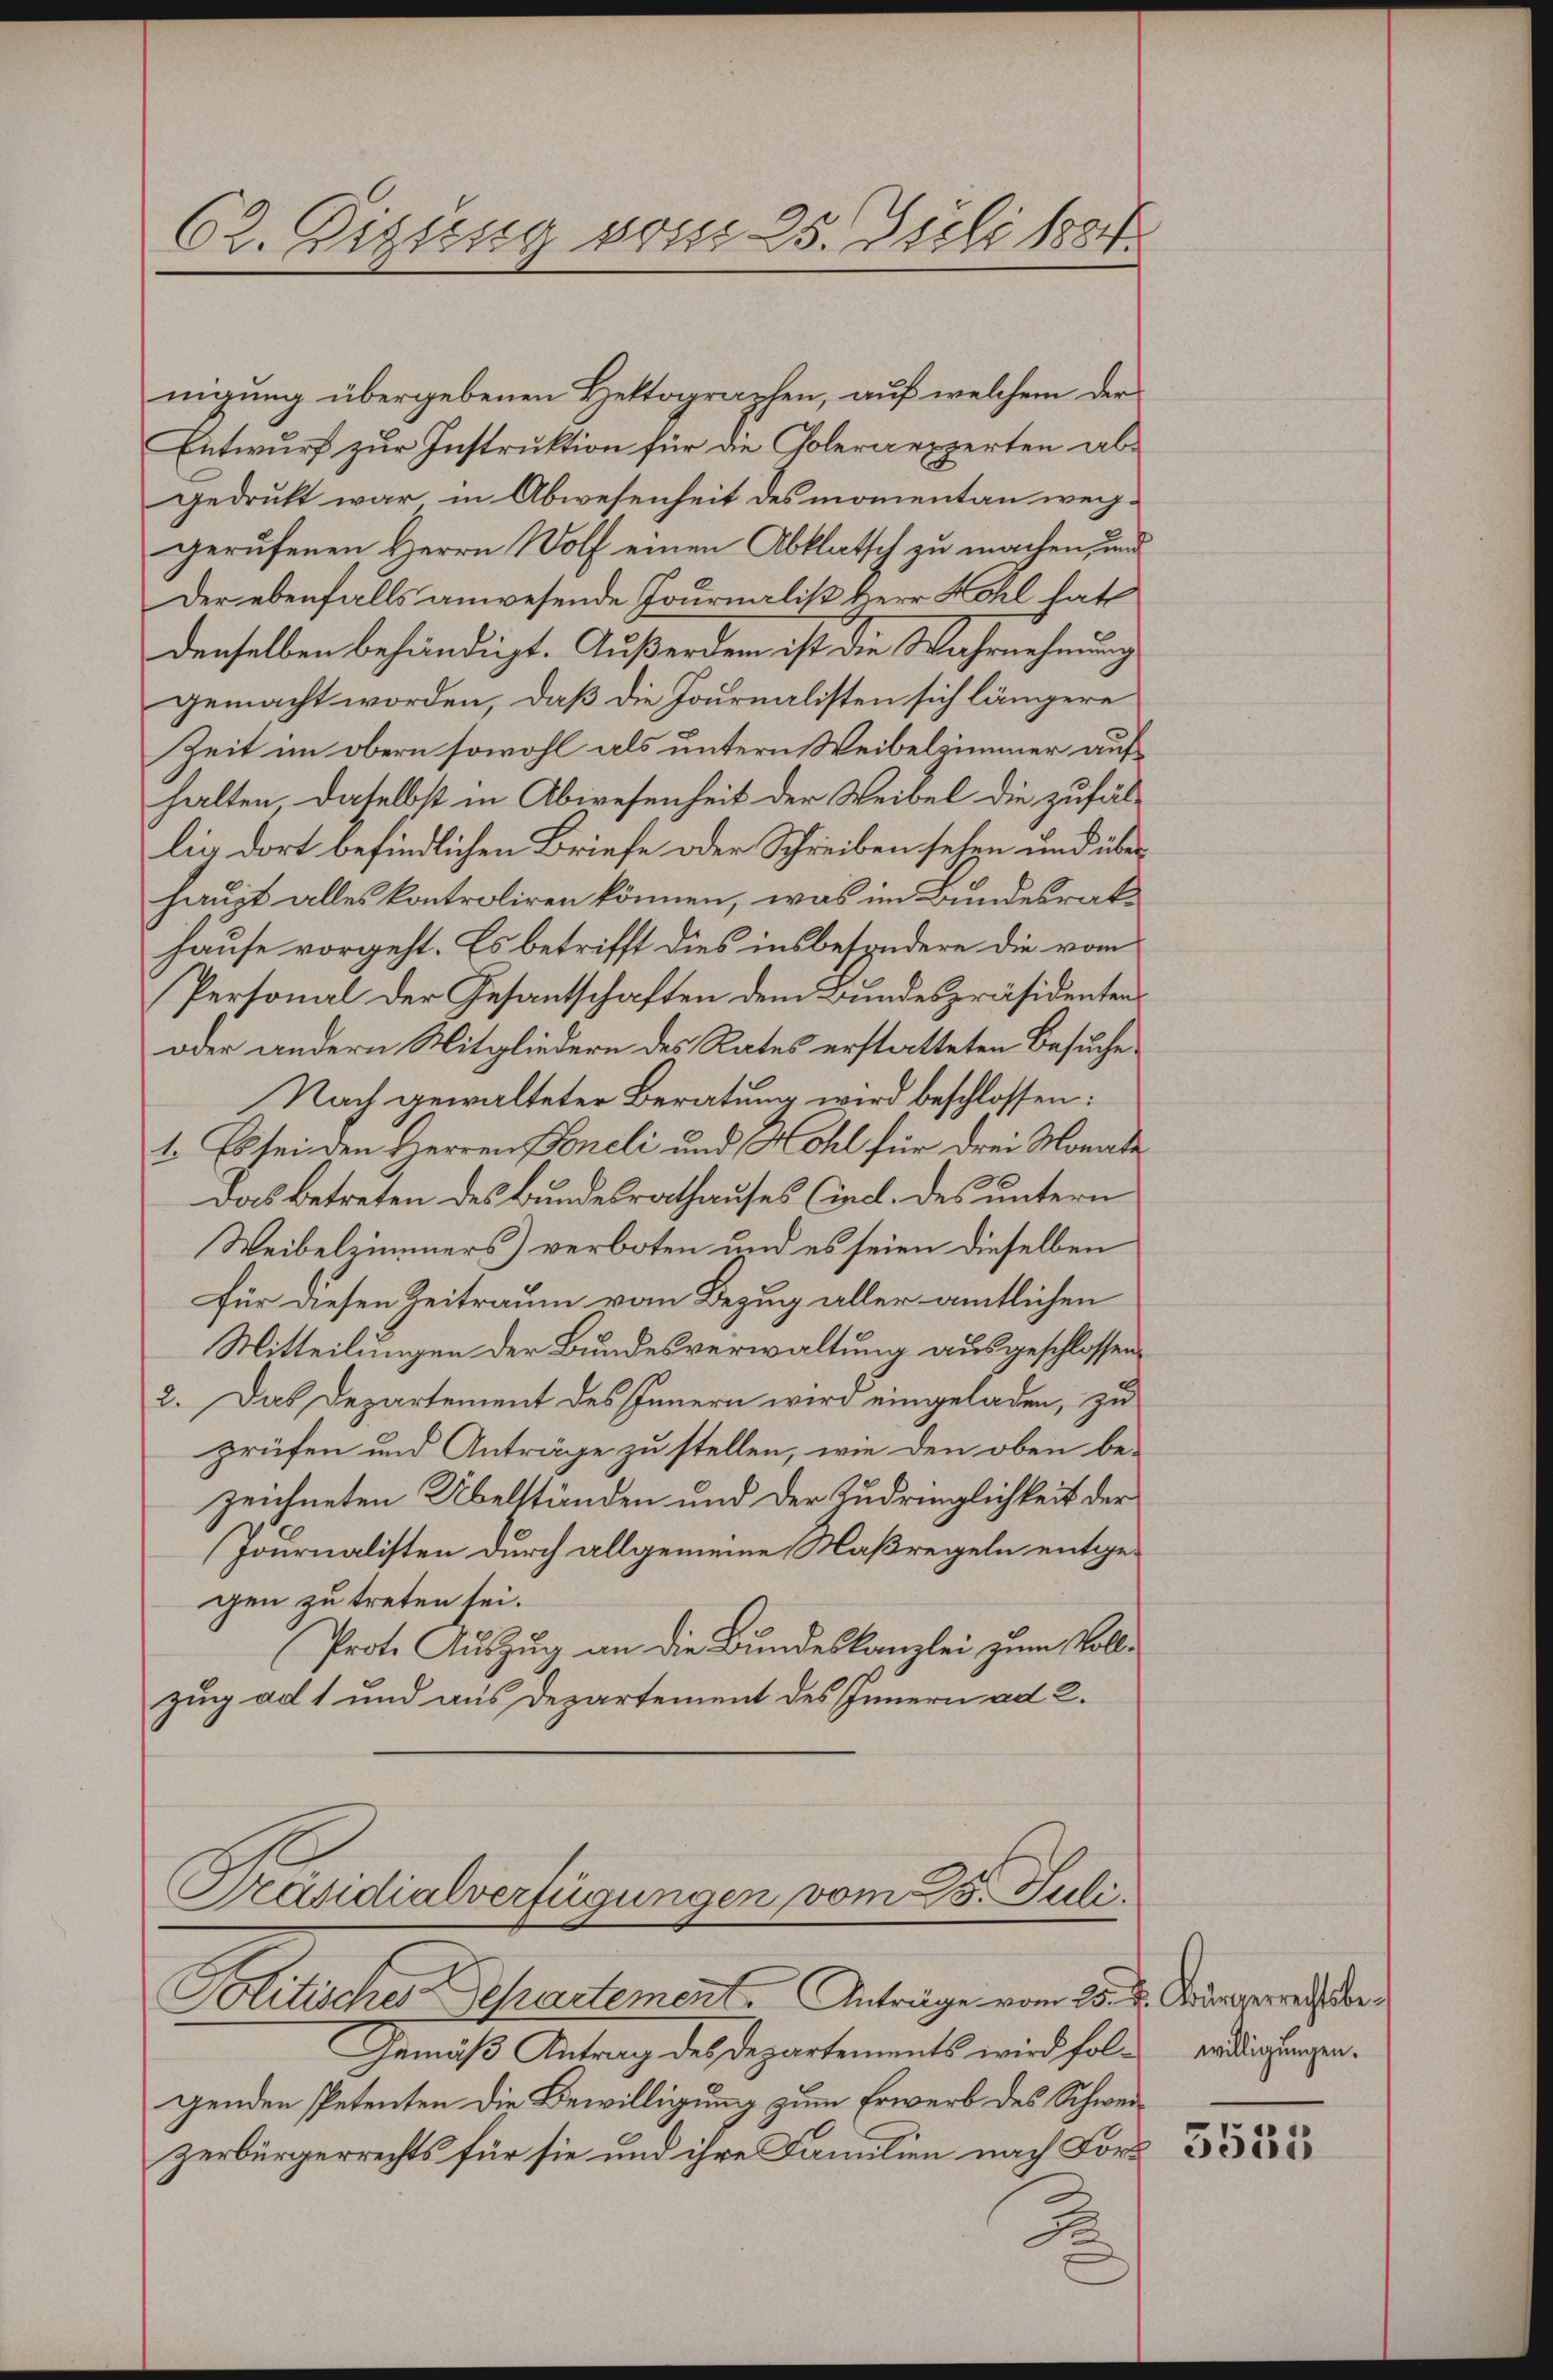
62. Digung vom 25. Juli 1884.

nigung übergebenen Hektographen, auf welchem der
Entwurf zur Instruktion für die Colerarpperten abgedruckt war in Abwesenheit des momentan weggerufenen Herrn Wolf einen Abklatsch zu machen, und
Der ebenfalls anwesende Journalis Herr Hohl hat
denselben behändigt. Außerdem ist die Wahrnehmung
gemacht worden, daß die Journalisten sich längere
Zeit im obern sowohl als untern Weibelzimmer auf
halten, daselbst in Abwesenheit der Weibel die zufällig dort befindlichen Briefe oder Schreiben sehen und über
haupt alles kontroliren können, was im Bundesrats
Hause vorgeht. Es betrifft dies insbesondere die vom
Personal der Gesantschaften dem Bundespräsidenten
oder andern Mitgliedern des Rates erstatteten Besuche
Nach gewalteter Beratung wird beschlossen:
1. Es sei den Herren Soneli und Hohl für drei Monate
Das betreten des Bundesrathauses (incl. des untern
Weibelzimmers) verboten und es seien dieselben
Für diesen Zeitraum vom Bezug aller amtlichen
Mitteilungen der Bundesverwaltung ausgeschlossen.
2. Das Departement des Innern wird eingeladen, zu
prüfen und Anträge zu stellen, wie den oben bezeichneten Übelständen und der Zudringlichkeit der
Journalisten durch allgemeine Maßregeln entgegen zu treten sei.
Prote Auszug an die Bundeskanzlei zum Vollzung ad 1 und aus Departement des Innern ad 2.
Präsidialverfügungen vom 3. Julii
Politischer Departement. Anträge vom 25. d. Morgerreich ber
Gemäß Antrag des Departements wird folgenden Petenten die Bewilligung zum Erwerb des Schweizerbürgerrechts für sie und ihre Familien nach For

willigungen.